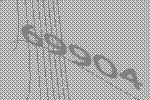
69904